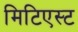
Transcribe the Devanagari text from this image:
मिटिएस्ट